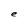
Character: e